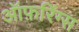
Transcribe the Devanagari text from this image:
ऑफ़रिंग्स